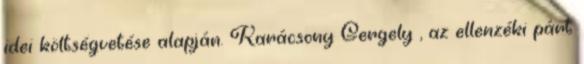
idei költségvetése alapján. Karácsony Gergely , az ellenzéki párt